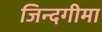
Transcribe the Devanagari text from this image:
जिन्दगीमा